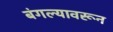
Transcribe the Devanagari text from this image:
बंगल्यावरून